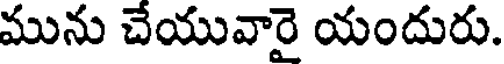
మును చేయువారై యందురు.